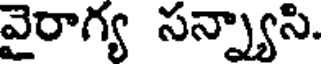
వైరాగ్య సన్న్యాసి.